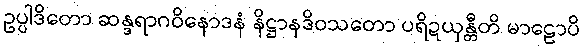
ဥပ္ပါဒိတော ဆန္ဒရာဂဝိနောဒနံ နိဋ္ဌာနဒိဝသတော ပရိဍယှန္တီတိ မာဠောပိ